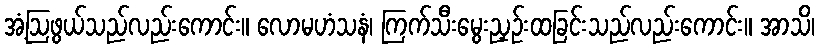
အံ့ဩဖွယ်သည်လည်းကောင်း။ လောမဟံသနံ၊ ကြက်သီးမွေးညှဉ်းထခြင်းသည်လည်းကောင်း။ အာသိ၊